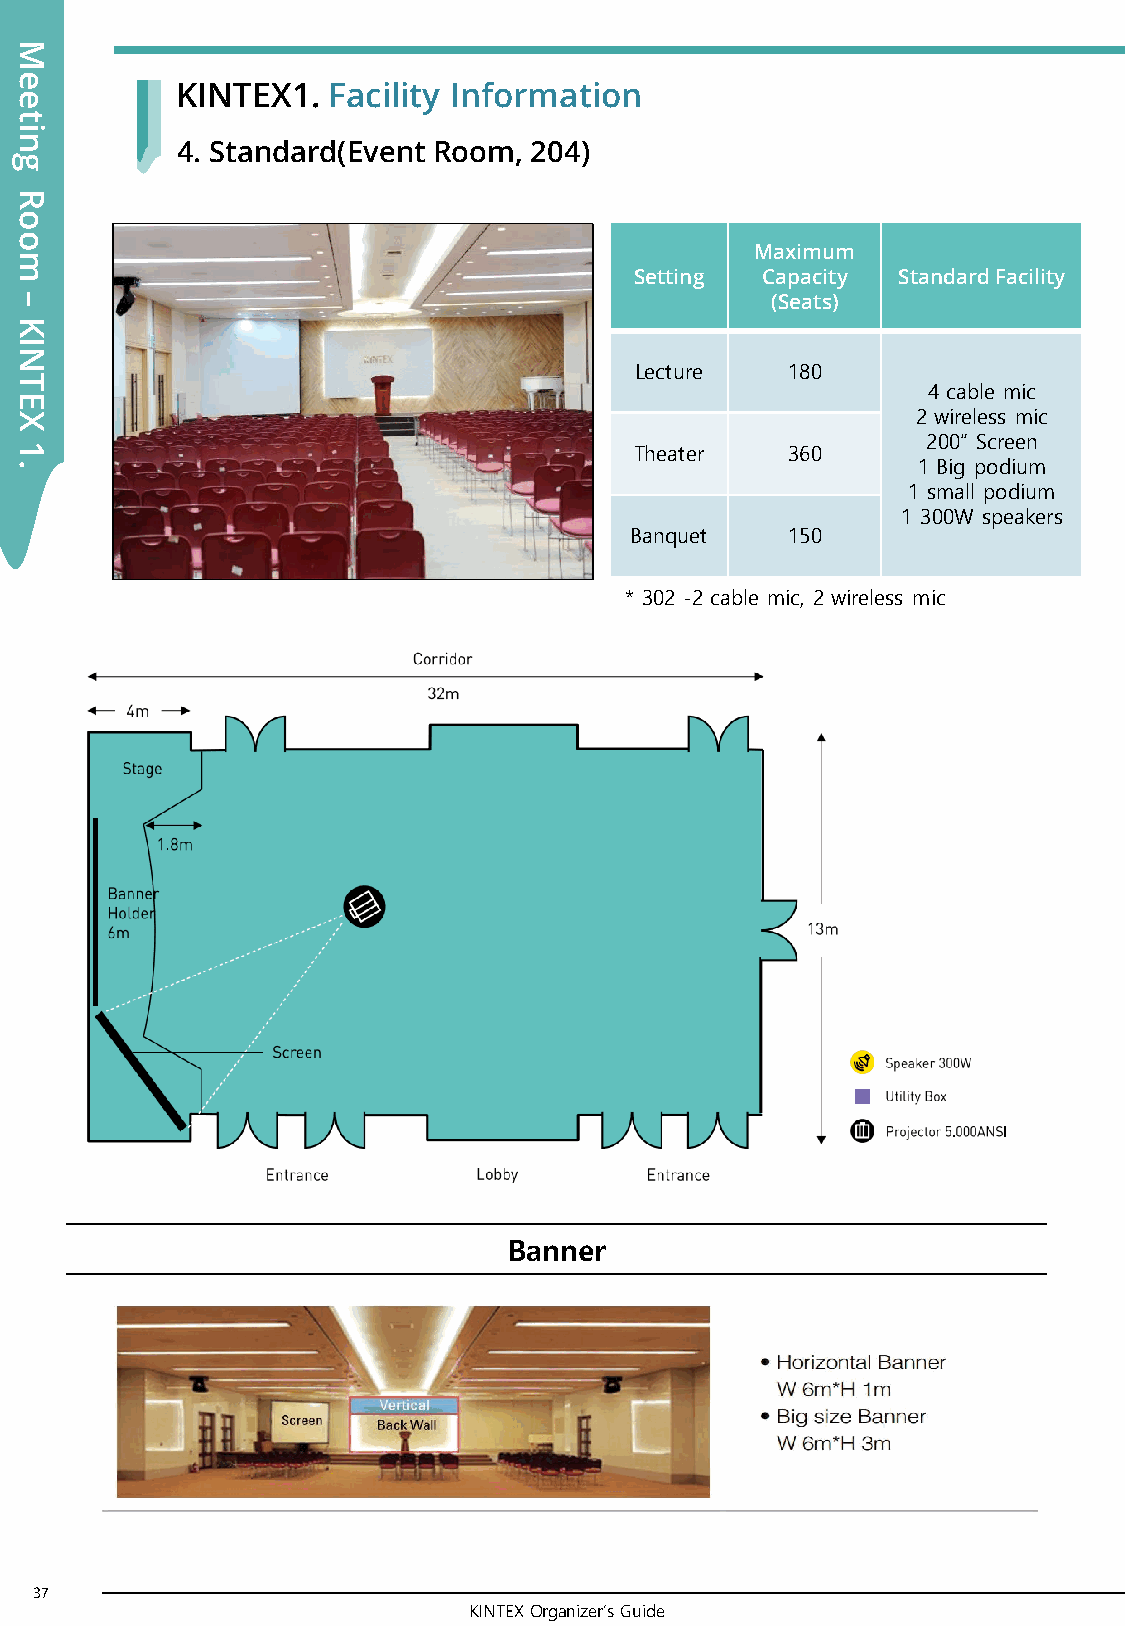
M
 e
 KINTEX1.  Facility Information
 e
 t
 i
 n
 4. Standard(Event Room, 204)
 g
 R
 o
 o
 Maximum
 m
 Setting Capacity Standard Facility
 –                                                 (Seats)
 K
 I
 N
 Lecture   180
 T
 4 cable mic
 E
 X                                                           2 wireless mic
 200” Screen
 1                                        Theater   360
 .                                                           1 Big podium
 1 small podium
 1 300W speakers
 Banquet   150
 * 302 -2 cable mic, 2 wireless mic
 Banner
 37
 KINTEX Organizer’s Guide
 38